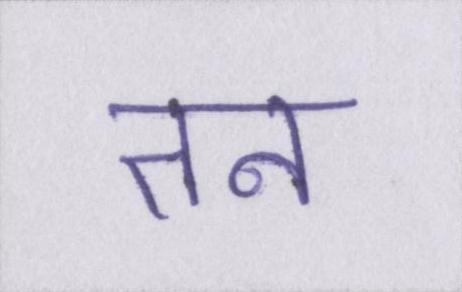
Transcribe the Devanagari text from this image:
तन